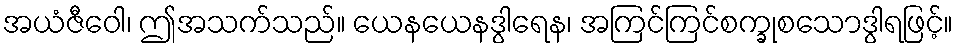
အယံဇီဝေါ၊ ဤအသက်သည်။ ယေနယေနဒွါရေန၊ အကြင်ကြင်စက္ခုစသောဒွါရဖြင့်။